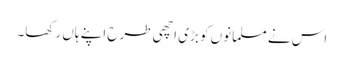
اس نے مسلمانوں کو بڑی اچھی طرح اپنے ہاں رکھا۔